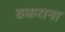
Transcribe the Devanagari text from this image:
ठकराना